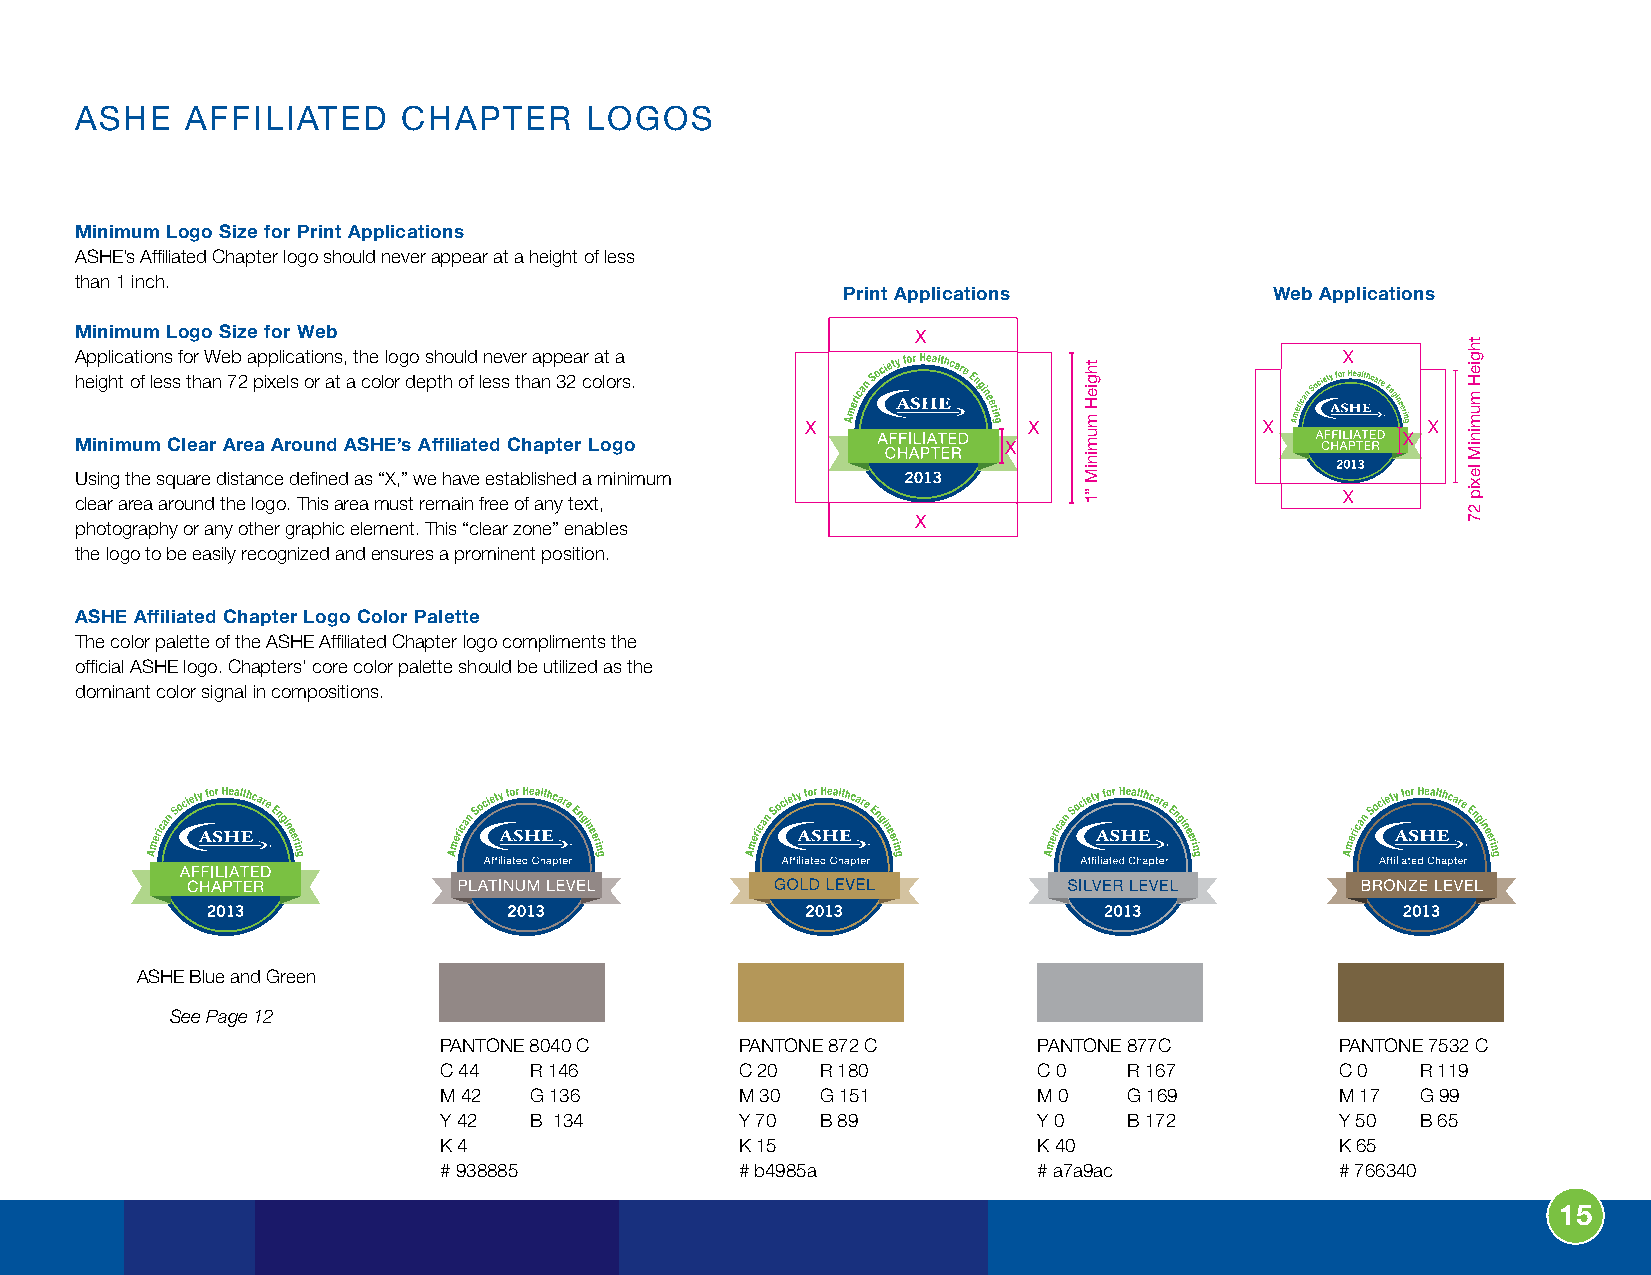
ASHE   AFFILIATED     CHAPTER     LOGOS
 Minimum Logo size for Print Applications
 ASHE’s Affi liated Chapter logo should never appear at a height of less
 than 1 inch.
 Print Applications          Web Applications
 Minimum Logo size for Web                               X
 Applications for Web applications, the logo should never appear at a                X
 height of less than 72 pixels or at a color depth of less than 32 colors.
 X              X               X         X
 Minimum Clear Area Around AsHE’s Affiliated Chapter Logo     X                          X
 Using the square distance defi ned as “X,” we have established a minimum
 X
 clear area around the logo. This area must remain free of any text,
 X
 photography or any other graphic element. This “clear zone” enables
 the logo to be easily recognized and ensures a prominent position.
 AsHE Affiliated Chapter Logo Color Palette
 The color palette of the ASHE Affi liated Chapter logo compliments the
 offi cial ASHE logo. Chapters’ core color palette should be utilized as the
 dominant color signal in compositions.
 ASHE Blue and Green
 See Page 12
 PANTONE 8040 C      PANTONE 872 C       PANTONE 877C        PANTONE 7532 C
 C 44  R 146         C 20 R 180          C 0   R 167         C 0  R 119
 M 42  G 136         M 30 G 151          M 0   G 169         M 17 G 99
 Y 42  B 134         Y 70 B 89           Y 0   B 172         Y 50 B 65
 K 4                 K 15                K 40                K 65
 # 938885            # b4985a            # a7a9ac            # 766340
 15
 thgieH
 muminiM
 ”1
 thgieH
 muminiM
 lexip
 27